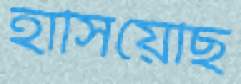
হাসিয়েছি